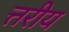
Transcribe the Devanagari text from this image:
त्तरीय